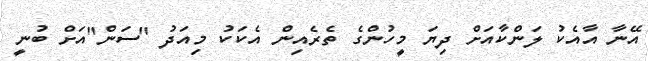
އޭނާ އާއެކު ލަންކާއަށް ދިޔަ މީހުންގެ ތެރެއިން އެކަކު މިއަދު "ސަން"އަށް ބުނީ